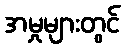
အမှုများတွင်